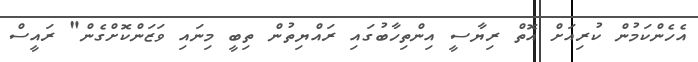
އެހެންކަމުން ކުރިއަށް އޮތް ރިޔާސީ އިންތިހާބުގައި ރައްޔިތުން ތިބީ މިނައި ވަޒަންކޮށްގެން" ރައީސް